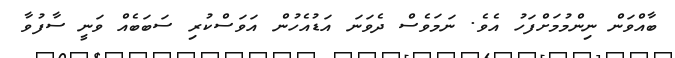
ބާއްވަން ނިންމުމަށްފަހު އެވެ. ނަމަވެސް ދެވަނަ އަޑުއެހުން އަވަސްކުރި ސަބަބެއް ވަނީ ސާފުވާ